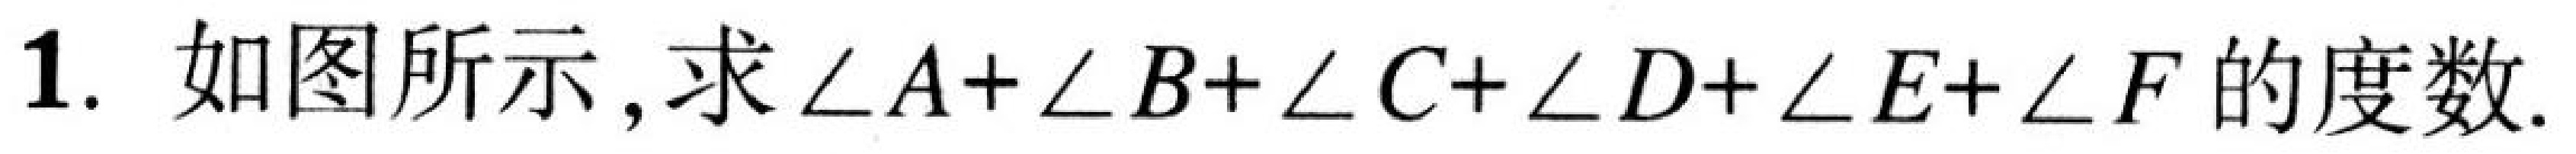
1. 如图所示，求\(\angle A+\angle B+\angle C+\angle D+\angle E+\angle F\)的度数.